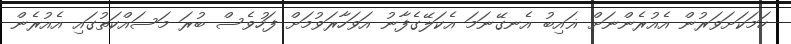
ހަމަކަށަވަރުން އެއުރެންނަށް ޣައިބު އެނގޭނަމަ އެކަލޭގެފާނު އަވަހާރަވުމަށް ފަހުވެސް ބުރަ މަސައްކަތުގައި އެއުރެން